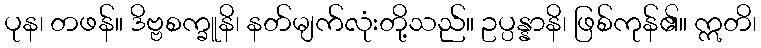
ပုန၊ တဖန်။ ဒိဗ္ဗစက္ခူနိ၊ နတ်မျက်လုံးတို့သည်။ ဥပ္ပန္နာနိ၊ ဖြစ်ကုန်၏။ ဣတိ၊